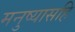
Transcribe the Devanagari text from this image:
मनुष्यासहि